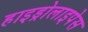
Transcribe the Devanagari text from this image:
हाइड्रोलाइपेस